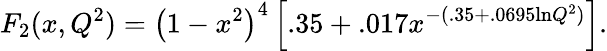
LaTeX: F_{2}(x,Q^{2})=\left(1-x^{2}\right)^{4}\left[.35+.017x^{-(.35+.0695\mathrm{ln}Q^{2})}\right].